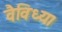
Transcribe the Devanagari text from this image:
वैविध्य।